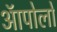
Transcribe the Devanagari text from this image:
ऑपोलो